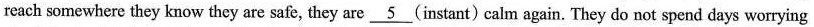
reach somewhere they know they are safe, they are 5(instant) calm again. They do not spend days worrying